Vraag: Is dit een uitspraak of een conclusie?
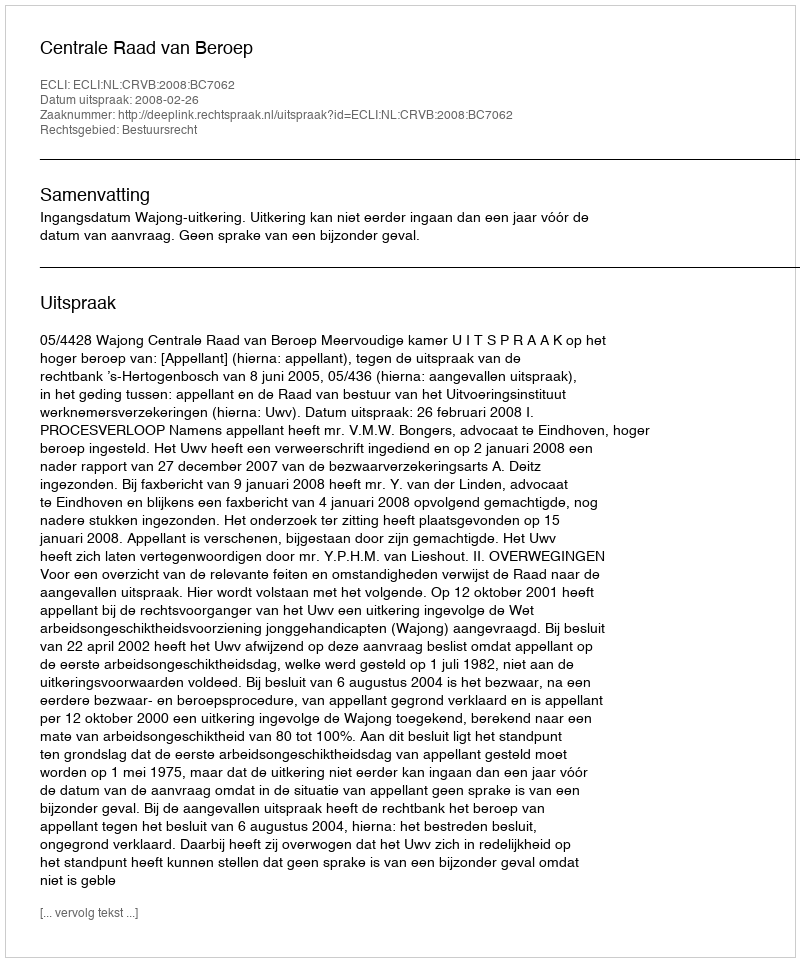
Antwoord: Uitspraak